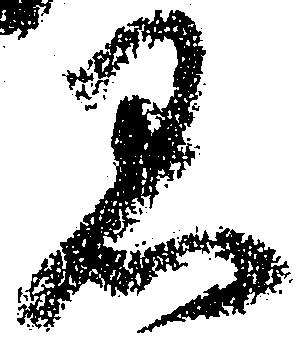
黒